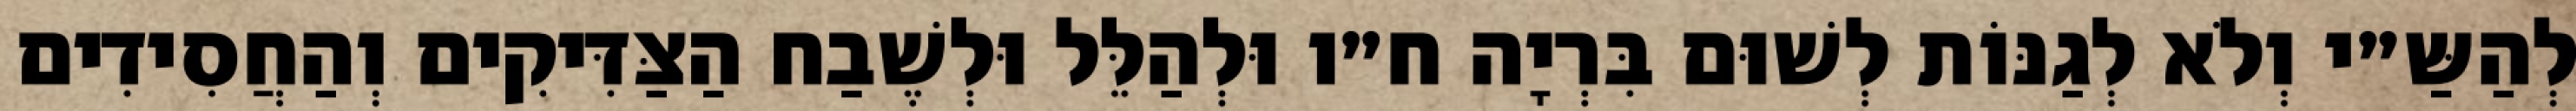
לְהַשַּ״י וְלֹא לְגַנּוֹת לְשׁוּם בִּרְיָה ח״ו וּלְהַלֵּל וּלְשֶׁבַח הַצַּדִּיקִים וְהַחֲסִידִים